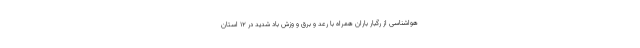
هواشناسی از رگبار باران همراه با رعد و برق و وزش باد شدید در ۱۲ استان